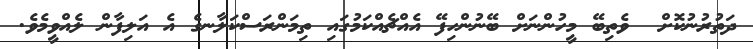
ދަތުރުނުކޮށް  ވެތިބޭ މީހުންނަށް ބޭނުންހިފޭ އެއްޗެއްކަމުގައި ތިމަންރަސްކަލާނގެ އެ އަލިފާން ލެއްވީމެވެ.